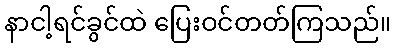
နာငါ့ရင်ခွင်ထဲ ပြေးဝင်တတ်ကြသည်။